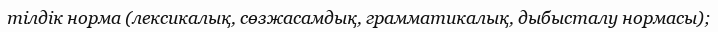
тілдік норма (лексикалық, сөзжасамдық, грамматикалық, дыбысталу нормасы);